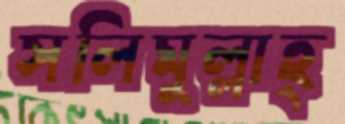
সলিমুল্লাহ্